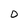
Character: O